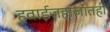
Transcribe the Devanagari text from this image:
हवाईजहाजातही